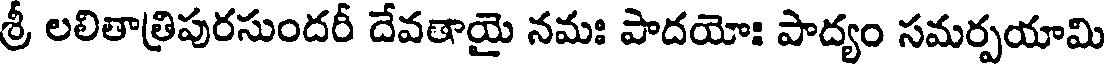
శ్రీ లలితాత్రిపురసుందరీ దేవతాయై నమః పాదయోః పాద్యం సమర్పయామి